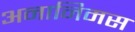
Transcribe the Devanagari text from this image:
अनानिमस